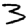
Digit: 3